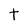
Character: t